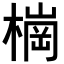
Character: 𣙋